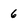
Character: 6